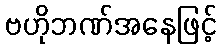
ဗဟိုဘဏ်အနေဖြင့်